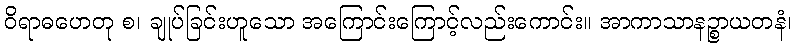
ဝိရာဓဟေတု စ၊ ချုပ်ခြင်းဟူသော အကြောင်းကြောင့်လည်းကောင်း။ အာကာသာနဉ္စာယတနံ၊